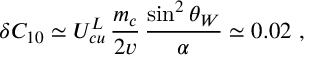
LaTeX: \delta C _ { 1 0 } \simeq U _ { c u } ^ { L } \, \frac { m _ { c } } { 2 v } \, \frac { \sin ^ { 2 } \theta _ { W } } { \alpha } \simeq 0 . 0 2 ~ ,